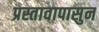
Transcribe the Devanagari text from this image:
प्रस्तावापासुन